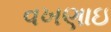
વખણાઇ